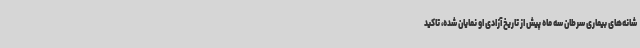
شانه‌های بیماری سرطان سه ماه پیش از تاریخ آزادی او نمایان شده، تاکید